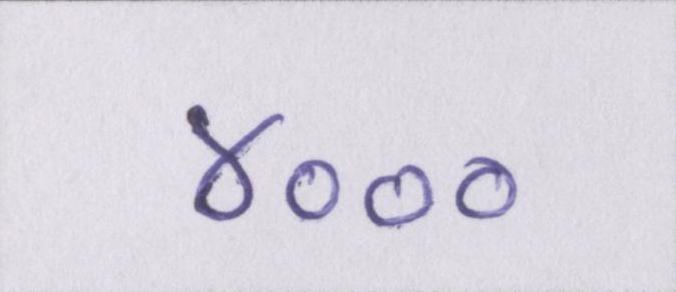
४०००